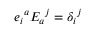
e _ { i } { } ^ { a } E _ { a } { } ^ { j } = \delta _ { i } { } ^ { j }